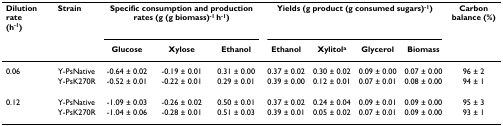
<table><thead><tr><td><b>Dilution rate(h<sup>-1</sup>)</b></td><td><b>Strain</b></td><td colspan="3"><b>Specific consumption and production rates (g (g biomass)<sup>-1 </sup>h<sup>-1</sup>)</b></td><td colspan="4"><b>Yields (g product (g consumed sugars)<sup>-1</sup>)</b></td><td><b>Carbon balance (%)</b></td></tr><tr><td></td><td></td><td><b>Glucose</b></td><td><b>Xylose</b></td><td><b>Ethanol</b></td><td><b>Ethanol</b></td><td><b>Xylitol<sup>a</sup></b></td><td><b>Glycerol</b></td><td><b>Biomass</b></td><td></td></tr></thead><tbody><tr><td>0.06</td><td>Y-PsNative</td><td>-0.64 ± 0.02</td><td>-0.19 ± 0.01</td><td>0.31 ± 0.00</td><td>0.37 ± 0.02</td><td>0.30 ± 0.02</td><td>0.09 ± 0.00</td><td>0.07 ± 0.00</td><td>96 ± 2</td></tr><tr><td></td><td>Y-PsK270R</td><td>-0.52 ± 0.01</td><td>-0.22 ± 0.01</td><td>0.29 ± 0.01</td><td>0.39 ± 0.00</td><td>0.12 ± 0.01</td><td>0.07 ± 0.01</td><td>0.08 ± 0.00</td><td>94 ± 1</td></tr><tr><td>0.12</td><td>Y-PsNative</td><td>-1.09 ± 0.03</td><td>-0.26 ± 0.02</td><td>0.50 ± 0.01</td><td>0.37 ± 0.02</td><td>0.24 ± 0.04</td><td>0.09 ± 0.01</td><td>0.09 ± 0.00</td><td>95 ± 3</td></tr><tr><td></td><td>Y-PsK270R</td><td>-1.04 ± 0.06</td><td>-0.28 ± 0.01</td><td>0.51 ± 0.03</td><td>0.39 ± 0.01</td><td>0.05 ± 0.02</td><td>0.07 ± 0.01</td><td>0.09 ± 0.00</td><td>93 ± 1</td></tr></tbody></table>